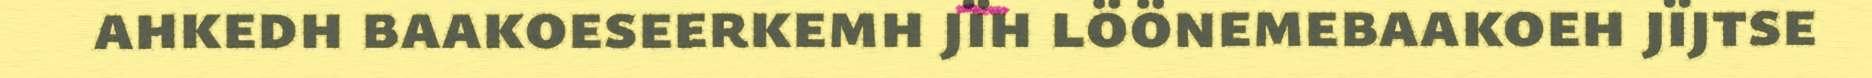
ahkedh baakoeseerkemh jïh löönemebaakoeh jïjtse